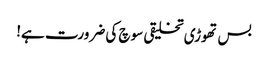
بس تھوڑی تخلیقی سوچ کی ضرورت ہے!